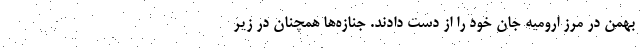
بهمن در مرز ارومیه جان خود را از دست دادند. جنازه‌ها همچنان در زیر